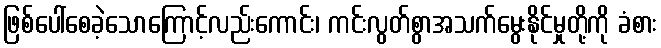
ဖြစ်ပေါ်စေခဲ့သောကြောင့်လည်းကောင်း၊ ကင်းလွတ်စွာအသက်မွေးနိုင်မှုတို့ကို ခံစား